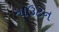
માઉટન